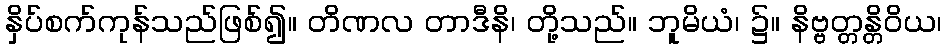
နှိပ်စက်ကုန်သည်ဖြစ်၍။ တိဏလ တာဒီနိ၊ တို့သည်။ ဘူမိယံ၊ ၌။ နိဗ္ဗတ္တန္တိဝိယ၊